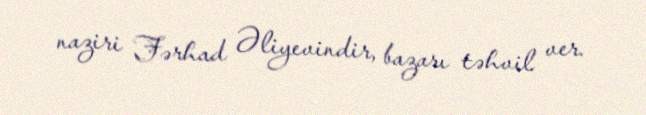
naziri Fərhad Əliyevindir, bazarı təhvil ver.